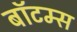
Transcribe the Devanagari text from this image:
बॉटम्स